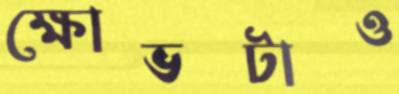
ক্ষোভটাও